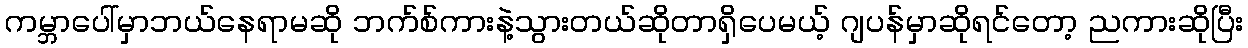
ကမ္ဘာပေါ်မှာဘယ်နေရာမဆို ဘက်စ်ကားနဲ့သွားတယ်ဆိုတာရှိပေမယ့် ဂျပန်မှာဆိုရင်တော့ ညကားဆိုပြီး